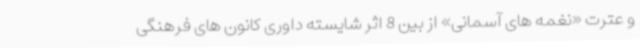
و عترت «نغمه های آسمانی» از بین 8 اثر شایسته داوری کانون های فرهنگی